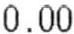
0.00